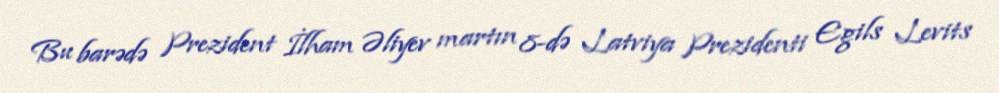
Bu barədə Prezident İlham Əliyev martın 8-də Latviya Prezidenti Egils Levits